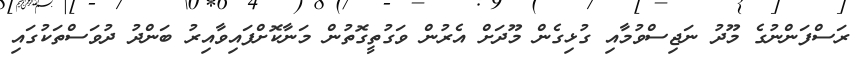
ރަސްފަންނުގެ މޫދު ނަޖިސްވުމާއި ގުޅިގެން މޫދަށް އެރުން ވަގުތީގޮތުން މަނާކޮށްފައިވާއިރު ބަންދު ދުވަސްތަކުގައި